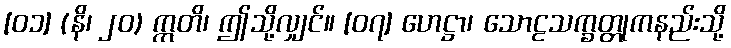
[၀၁] (နိ၊ ၂၀) ဣတိ၊ ဤသို့လျှင်။ [၀၇] ဟေဋ္ဌာ၊ သောဠသက္ခတ္တုကနည်းသို့